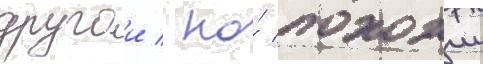
другои / но́ похожии